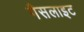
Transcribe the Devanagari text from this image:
गैसलाइट